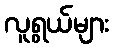
လူရွယ်များ